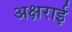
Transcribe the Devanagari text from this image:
अक्षराई